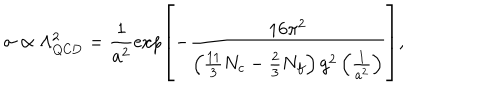
LaTeX: \sigma \propto \Lambda _ { \mathrm { Q C D } } ^ { 2 } = \frac { 1 } { a ^ { 2 } } \exp \left[ - \frac { 1 6 \pi ^ { 2 } } { \left( \frac { 1 1 } { 3 } N _ { c } - \frac 2 3 N _ { f } \right) g ^ { 2 } \left( \frac { 1 } { a ^ { 2 } } \right) } \right] ,